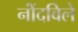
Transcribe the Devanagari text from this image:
नोंंदविले